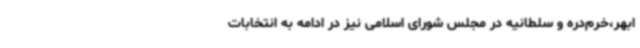
ابهر،خرم‌دره و سلطانیه در مجلس شورای اسلامی نیز در ادامه به انتخابات